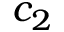
c _ { 2 }